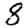
Digit: 8